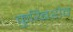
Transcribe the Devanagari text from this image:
कुय्बिशेव